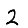
Digit: 2